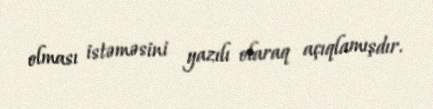
olması istəməsini yazılı olaraq açıqlamışdır.